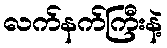
လက်နက်ကြီးနဲ့